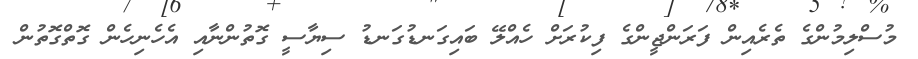
މުސްލިމުންގެ ތެރެއިން ފަރަންޖީންގެ ފިކުރަށް ހެއްލޭ ބައިގަނޑުގަނޑު ސިޔާސީ ގޮތުންނާއި އެހެނިހެން ގޮތްގޮތުން